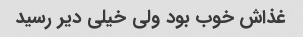
غذاش خوب بود ولی خیلی دیر رسید